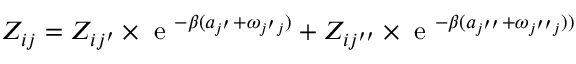
Z _ { i j } = Z _ { i { j ^ { \prime } } } \times \textrm { e } ^ { - \beta ( a _ { j ^ { \prime } } + \omega _ { { j ^ { \prime } } j } ) } + Z _ { i { j ^ { \prime \prime } } } \times \textrm { e } ^ { - \beta ( a _ { j ^ { \prime \prime } } + \omega _ { { j ^ { \prime \prime } } j } ) ) }